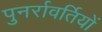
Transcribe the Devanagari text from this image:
पुनर्रावर्तियों